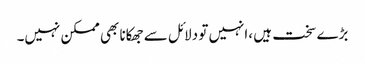
بڑے سخت ہیں ،انہیں تو دلائل سے جھکانا بھی ممکن نہیں۔